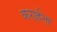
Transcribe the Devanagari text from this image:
करार्हता